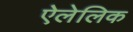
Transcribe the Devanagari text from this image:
ऐलेलिक